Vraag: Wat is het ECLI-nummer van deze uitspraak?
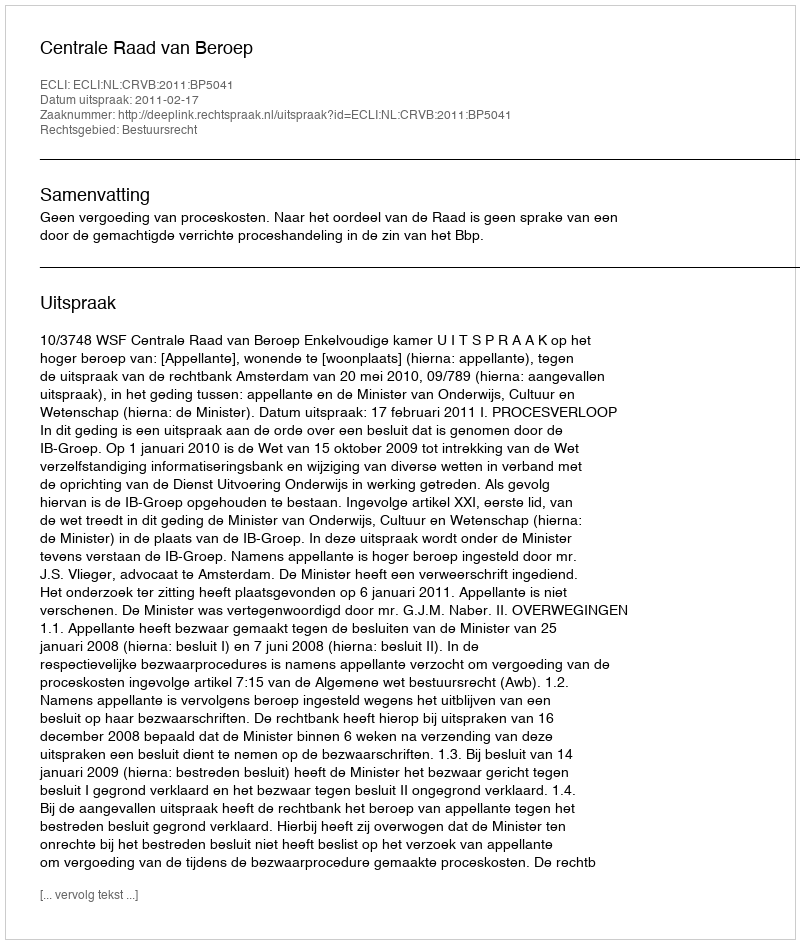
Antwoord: ECLI:NL:CRVB:2011:BP5041